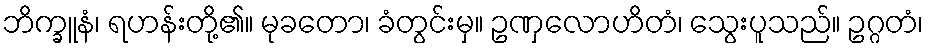
ဘိက္ခူနံ၊ ရဟန်းတို့၏။ မုခတော၊ ခံတွင်းမှ။ ဥဏှလောဟိတံ၊ သွေးပူသည်။ ဥဂ္ဂတံ၊